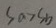
S _ { a } > S _ { b }